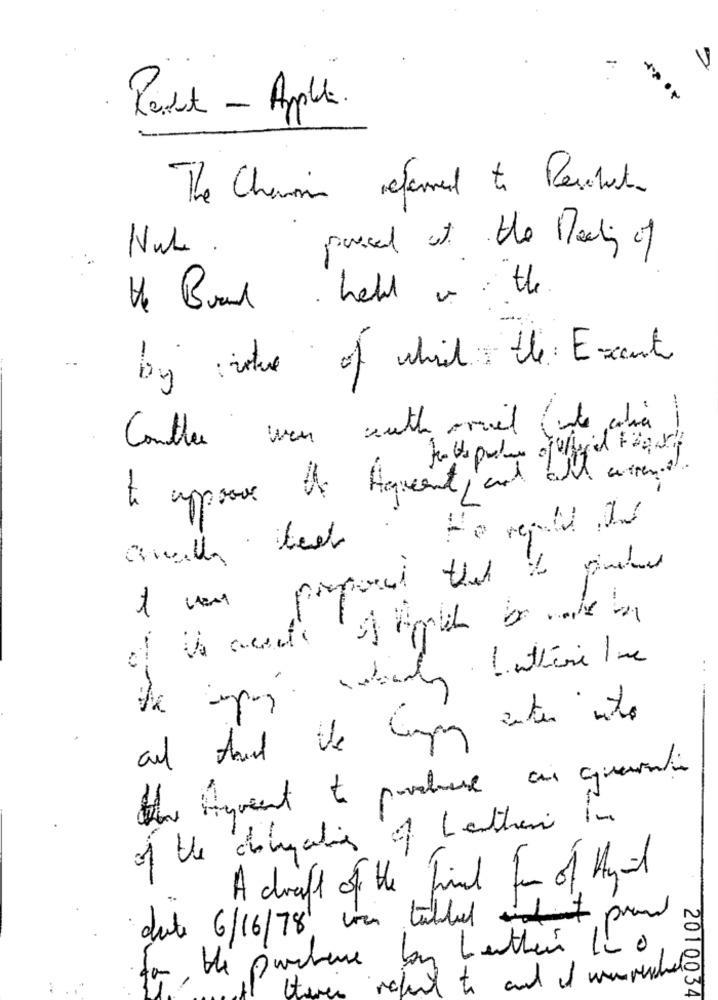
V
-
Roast - Apple.
The Chemin referred to Reschest.
Nul .
pased at the Pedig of
He Brand hell is : the
-
by :value of which the Exant
--
Conthere was with orriel whe which
to approve the Aqueent, and all arranged.
1 van proposed that to purchase
-
tu Hyrent to purchase an quentin
of the digaties of Letter in
A draft of the final form of Ayril
date 6/16/78, was tablet prom
for , the picture by Leather Ino ,
refut to and if weneverche
2010034